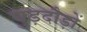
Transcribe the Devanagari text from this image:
घुड़दौड़ों